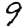
Digit: 9